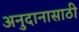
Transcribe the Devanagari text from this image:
अनुदानासाठी